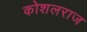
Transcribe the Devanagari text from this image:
कोशलराज